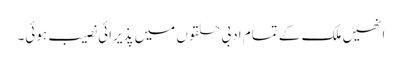
انھیں ملک کے تمام ادبی حلقوں میں پذیرائی نصیب ہوئی۔